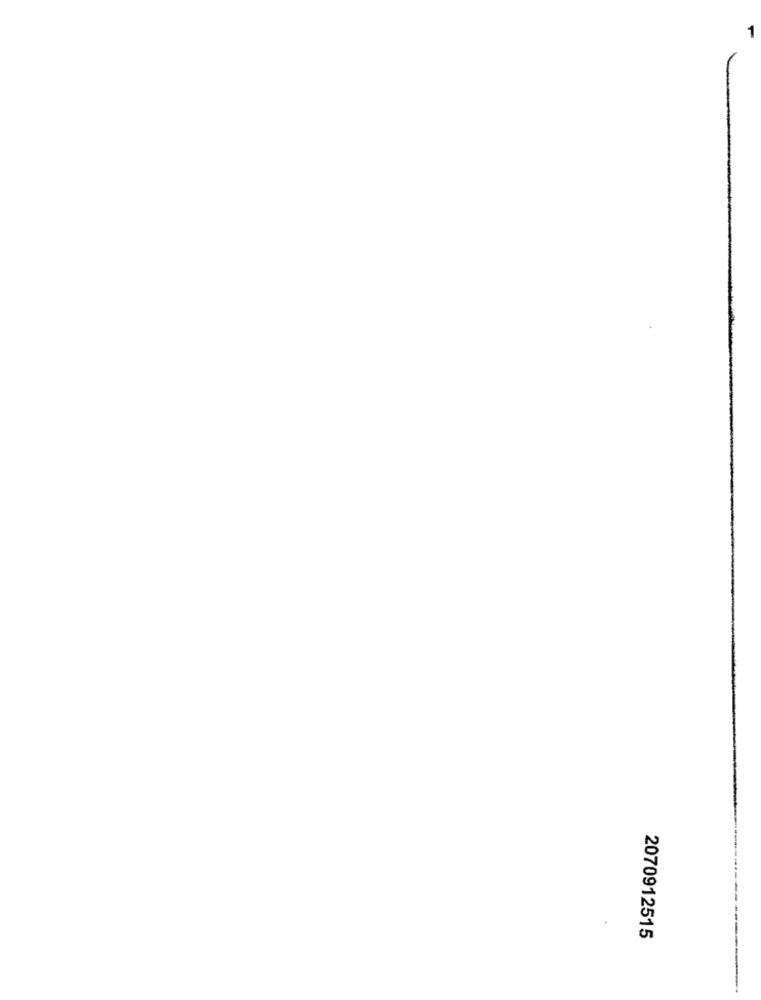
-
2070912515